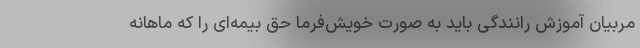
مربیان آموزش رانندگی باید به صورت خویش‌فرما حق بیمه‌ای را که ماهانه